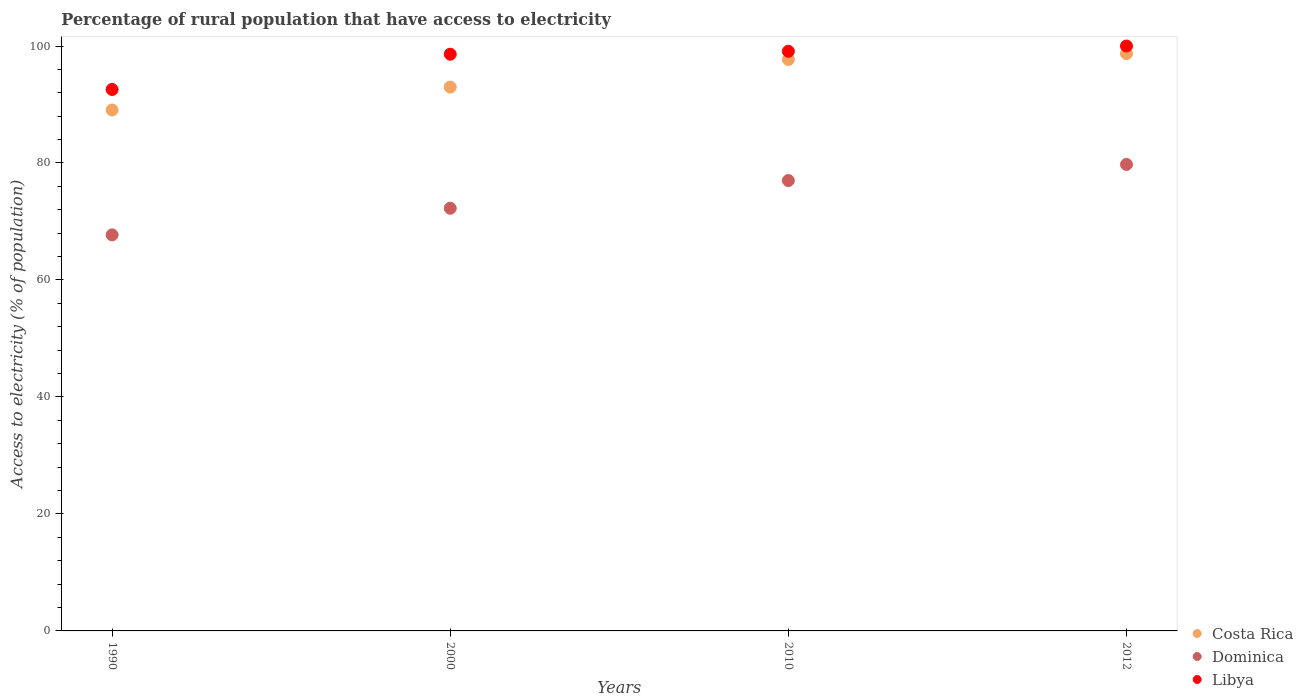
| Years | Costa Rica | Dominica | Libya |
 | --- | --- | --- | --- |
 | 1990 | 89.1 | 67.7 | 92.6 |
 | 2000 | 93 | 72.3 | 98.6 |
 | 2010 | 97.7 | 77 | 99.1 |
 | 2012 | 98.7 | 79.8 | 100 |